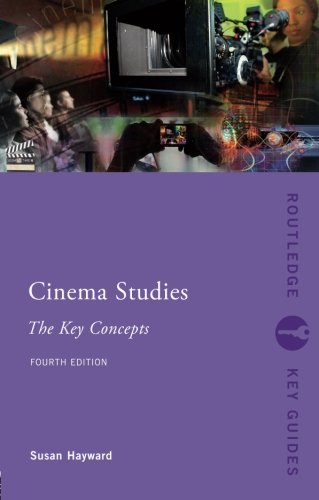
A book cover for Cinema Studies: The Key Concepts (Routledge Key Guides); Susan Hayward; Humor & Entertainment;